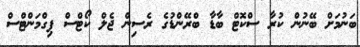
ބަނުމަށް ބޭނުން ކުރާ ސްކޮޓް ބާޑާ ބްރޭންޑުގެ ރެސިން ޖެލް ކޯޓްސް ޕިގްމަންޓްސް